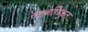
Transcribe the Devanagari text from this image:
राष्ट्रबहिष्कृत